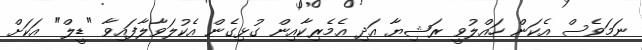
ނަމަވެސް އެކަން ހައްލުވީ ރަޝިޔާ އަދި އެމެރިކާއިން ގުޅިގެން އެކުލަވާލާފައިވާ "ޑީލް" އަކަށް